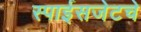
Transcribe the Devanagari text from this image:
स्पाईसजेटचे